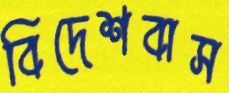
বিদেশবাস